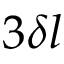
3 \delta l